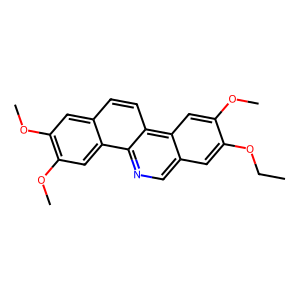
SMILES: CCOc1cc2cnc3c4cc(OC)c(OC)cc4ccc3c2cc1OC
Inhibits HIV replication: No